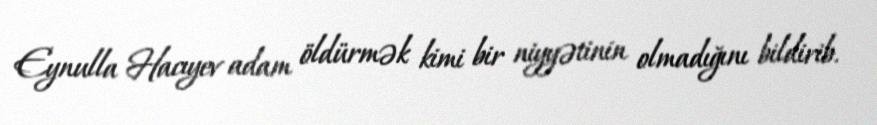
Eynulla Hacıyev adam öldürmək kimi bir niyyətinin olmadığını bildirib.